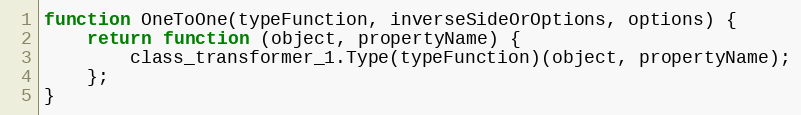
Language: JavaScript
function OneToOne(typeFunction, inverseSideOrOptions, options) {
    return function (object, propertyName) {
        class_transformer_1.Type(typeFunction)(object, propertyName);
    };
}